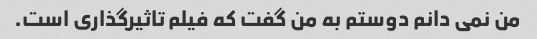
من نمی دانم دوستم به من گفت که فیلم تاثیرگذاری است.